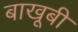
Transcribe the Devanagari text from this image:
बाखूबी